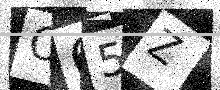
Text: O65Z